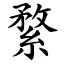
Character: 䋷